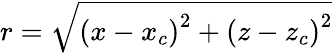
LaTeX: r=\sqrt[]{\left(x-x_{c}\right)^{2}+\left(z-z_{c}\right)^{2}}